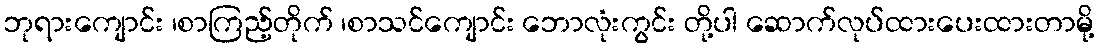
ဘုရားကျောင်း ၊စာကြည့်တိုက် ၊စာသင်ကျောင်း ဘောလုံးကွင်း တို့ပါ ဆောက်လုပ်ထားပေးထားတာမို့